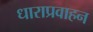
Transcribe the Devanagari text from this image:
धाराप्रवाहन